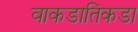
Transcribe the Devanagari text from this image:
वाकडातिकडा